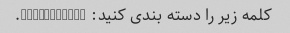
کلمه زیر را دسته بندی کنید: "Aliquippa".